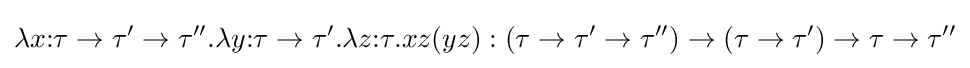
\lambda x{\mathbin {:}}\tau \to \tau '\to \tau ''.\lambda y{\mathbin {:}}\tau \to \tau '.\lambda z{\mathbin {:}}\tau .xz(yz):(\tau \to \tau '\to \tau '')\to (\tau \to \tau ')\to \tau \to \tau ''